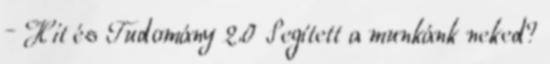
– Hit és Tudomány 2.0 Segített a munkánk neked?